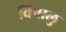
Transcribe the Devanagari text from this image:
विषालु